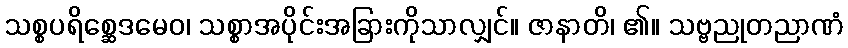
သစ္စပရိစ္ဆေဒမေဝ၊ သစ္စာအပိုင်းအခြားကိုသာလျှင်။ ဇာနာတိ၊ ၏။ သဗ္ဗညုတညာဏံ